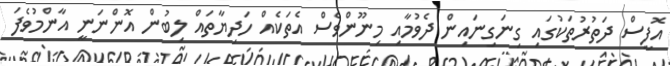
އޮފީސް ދަތުރުތަކުގައި ގިނަގިނައިން ދެވުމާއި މިނޫންވެސް އެތަކެއް ހަދިޔާތައް ލިބުން އޮންނަނީ އާންމުވެފަ